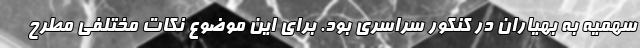
سهمیه به بهیاران در کنکور سراسری بود. برای این موضوع نکات مختلفی مطرح